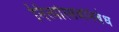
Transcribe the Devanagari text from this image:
नित्योत्सवनिबंध